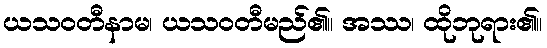
ယသဝတီနာမ၊ ယသဝတီမည်၏။ အဿ၊ ထိုဘုရား၏။